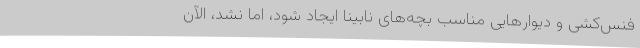
فنس‌کشی و دیوارهایی مناسب بچه‌های نابینا ایجاد شود، اما نشد، الآن